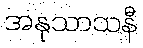
အနုသာသနီ